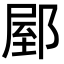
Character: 𨜘